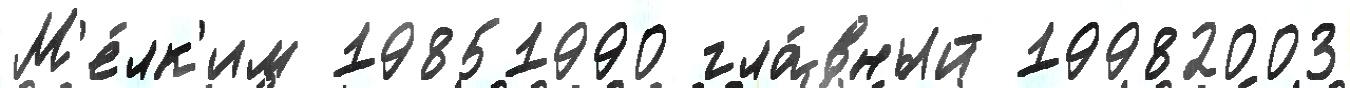
М'е́лк'им 19851990 гла́вный 19982003